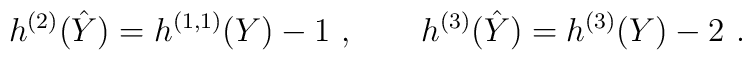
h^{(2)}(\hat Y) = h^{(1,1)}(Y) -1 \ , \qquad  h^{(3)}(\hat Y) = h^{(3)}(Y) -2 \ .